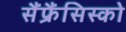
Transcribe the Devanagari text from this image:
सैंफ्रैंसिस्को